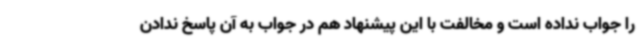
را جواب نداده است و مخالفت با این پیشنهاد هم در جواب به آن پاسخ ندادن